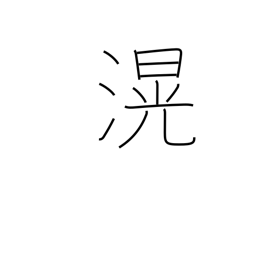
Meaning: deep and broad (water)